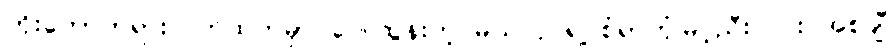
ဘိုးတော်ဘုရားလက်ထက်မှာ ပေါ်ထွန်းတဲ့ မယ်လုပ်ရဲ့ စံရာဘုံမြင့်ညီးလင်း အစချီ